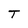
Character: T